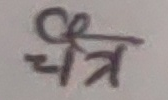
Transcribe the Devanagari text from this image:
चित्र